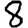
Digit: 8